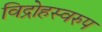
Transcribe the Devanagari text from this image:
विद्रोहस्वरुप